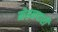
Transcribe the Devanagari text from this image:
मेहनदारी